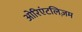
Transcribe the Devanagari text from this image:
ओरिएंटलिज़म